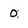
Character: 0